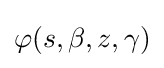
\varphi (s,\beta ,z,\gamma )